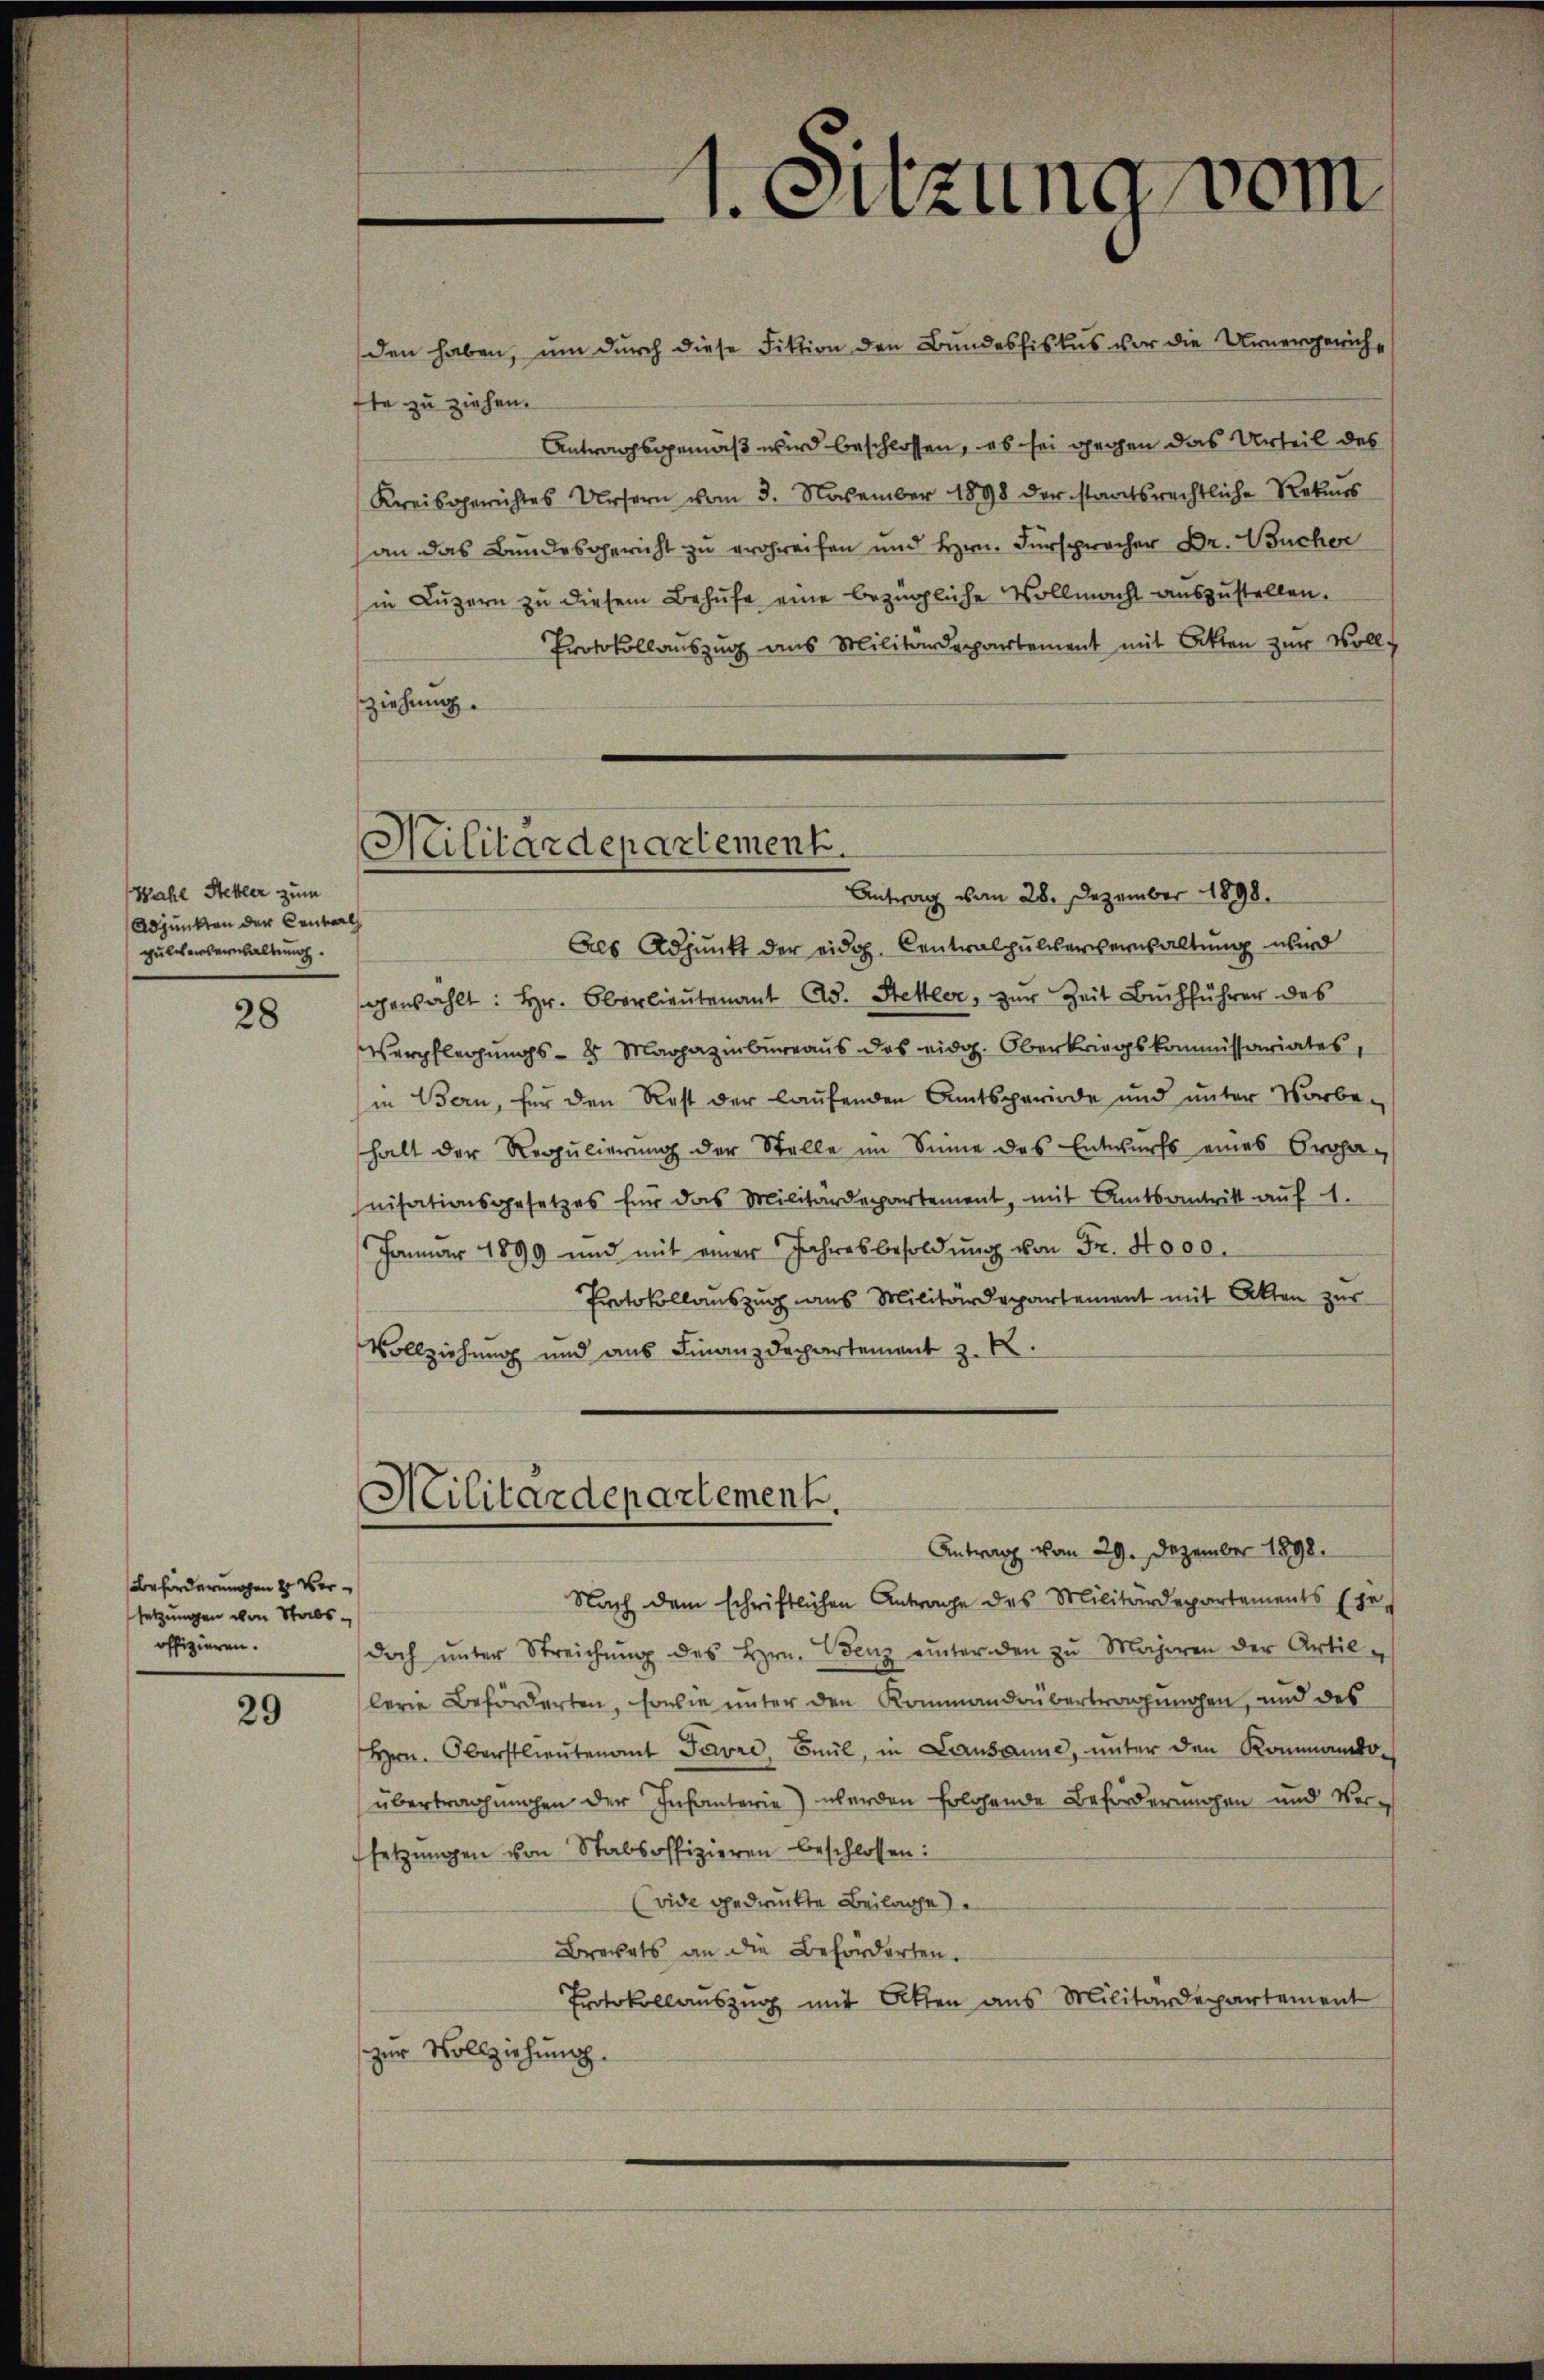
Wahl Steller zum
Adjunkten der Centarl
pulchensernhaltung.

28

Beförderungen 2 Versetzungen von Stabs-
offizieren.

29

ste zu ziehen.
ziehung.

den haben, um durch diese Fiktion den Bundesfiskus vor die Unergerich¬
Antragsgemäß wird beschlossen, es sei gegen das Urteil des
Kreisgerichtes Ursern vom 3. November 1898 der staatsrechtliche Rekurs
an das Bundesgericht zu ergreifen und Hrn. Fürspracher Dr. Bucher
in Luzern zu diesem Behufe eine bezügliche Vollmacht auszustellen.
Protokollauszug aus Militärdepartement mit Akten zur Voll-

Militärdepartement.

1. Sitzung vom

Als Adjunkt der eidg. Centralpulververwaltung wird
gewählt: Hr. Oberlieutenant Ad. Hettler, zur Zeit Buchführer des
Verpflegungs- 8 Magazinbureaus des eidg. Oberkriegskommissariates,
in Bern, für den Rest der laufenden Amtsperiode und unter Vorbehalt der Regulierung der Stelle im Sinne des Entwurfs eines Proha¬
Inisationsgesetzes für das Militärdepartement, mit Amtsantritt auf 1.
Januar 1899 und mit einer Jahresbesoldung von Fr. 4000.
Protokollauszug aus Militärdepartement mit Akten zur
Vollziehung und aus Finanzdepartement z. B.

Antrag vom 28. Dezember 1898.

Militärdepartement.
Antrag vom 29. Dezember 1898.

Nach dem schriftlichen Antrage des Militärdepartements Ehe
doch ŭnter Streichŭng des Hrn. Venz einter den zu Majoren der Artil
lerie Beförderten, sowie unter den Kommandübertragungen, und des
Hrn. Oberstlieutenant Favre, Beil, in Lausanne, unter den Kommandoübertragungen der Infanterie) werden folgende Beförderungen und Versetzungen von Stabsoffizieren beschlossen:
Evide gedruckte Beilage
Brevets an die Beförderten.
Protokollauszug mit Atten aus Militärdepartement
zur Vollziehung.